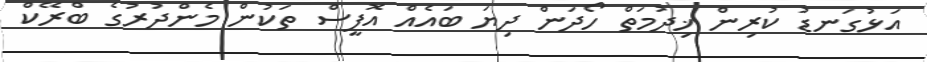
އަޅުގަނޑު ކުރިން ޚިދުމަތް ހޯދަން ދިޔަ ބައެއް އޮފީސް ތަކުން މެންދުރުގެ ބްރޭކް